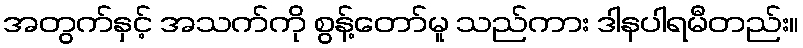
အတွက်နှင့် အသက်ကို စွန့်တော်မူ သည်ကား ဒါနပါရမီတည်း။